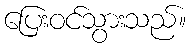
ပြေးဝင်သွားသည်။